Problem: 50 + 21 = ?
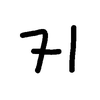
Handwritten answer: 71